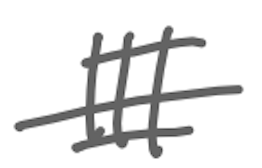
Text: III
Cross-out: single-line
Writing tool: digital_gray